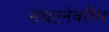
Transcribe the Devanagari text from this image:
संघटनेवरील